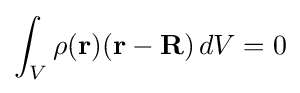
\int _{V}\rho (\mathbf {r} )(\mathbf {r} -\mathbf {R} )\,dV=0